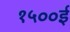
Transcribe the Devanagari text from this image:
१५००ई